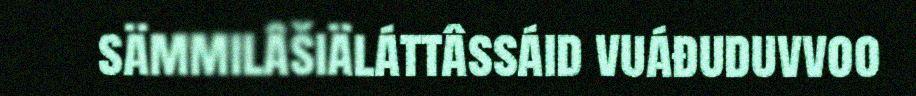
sämmilâšiäláttâssáid vuáđuduvvoo